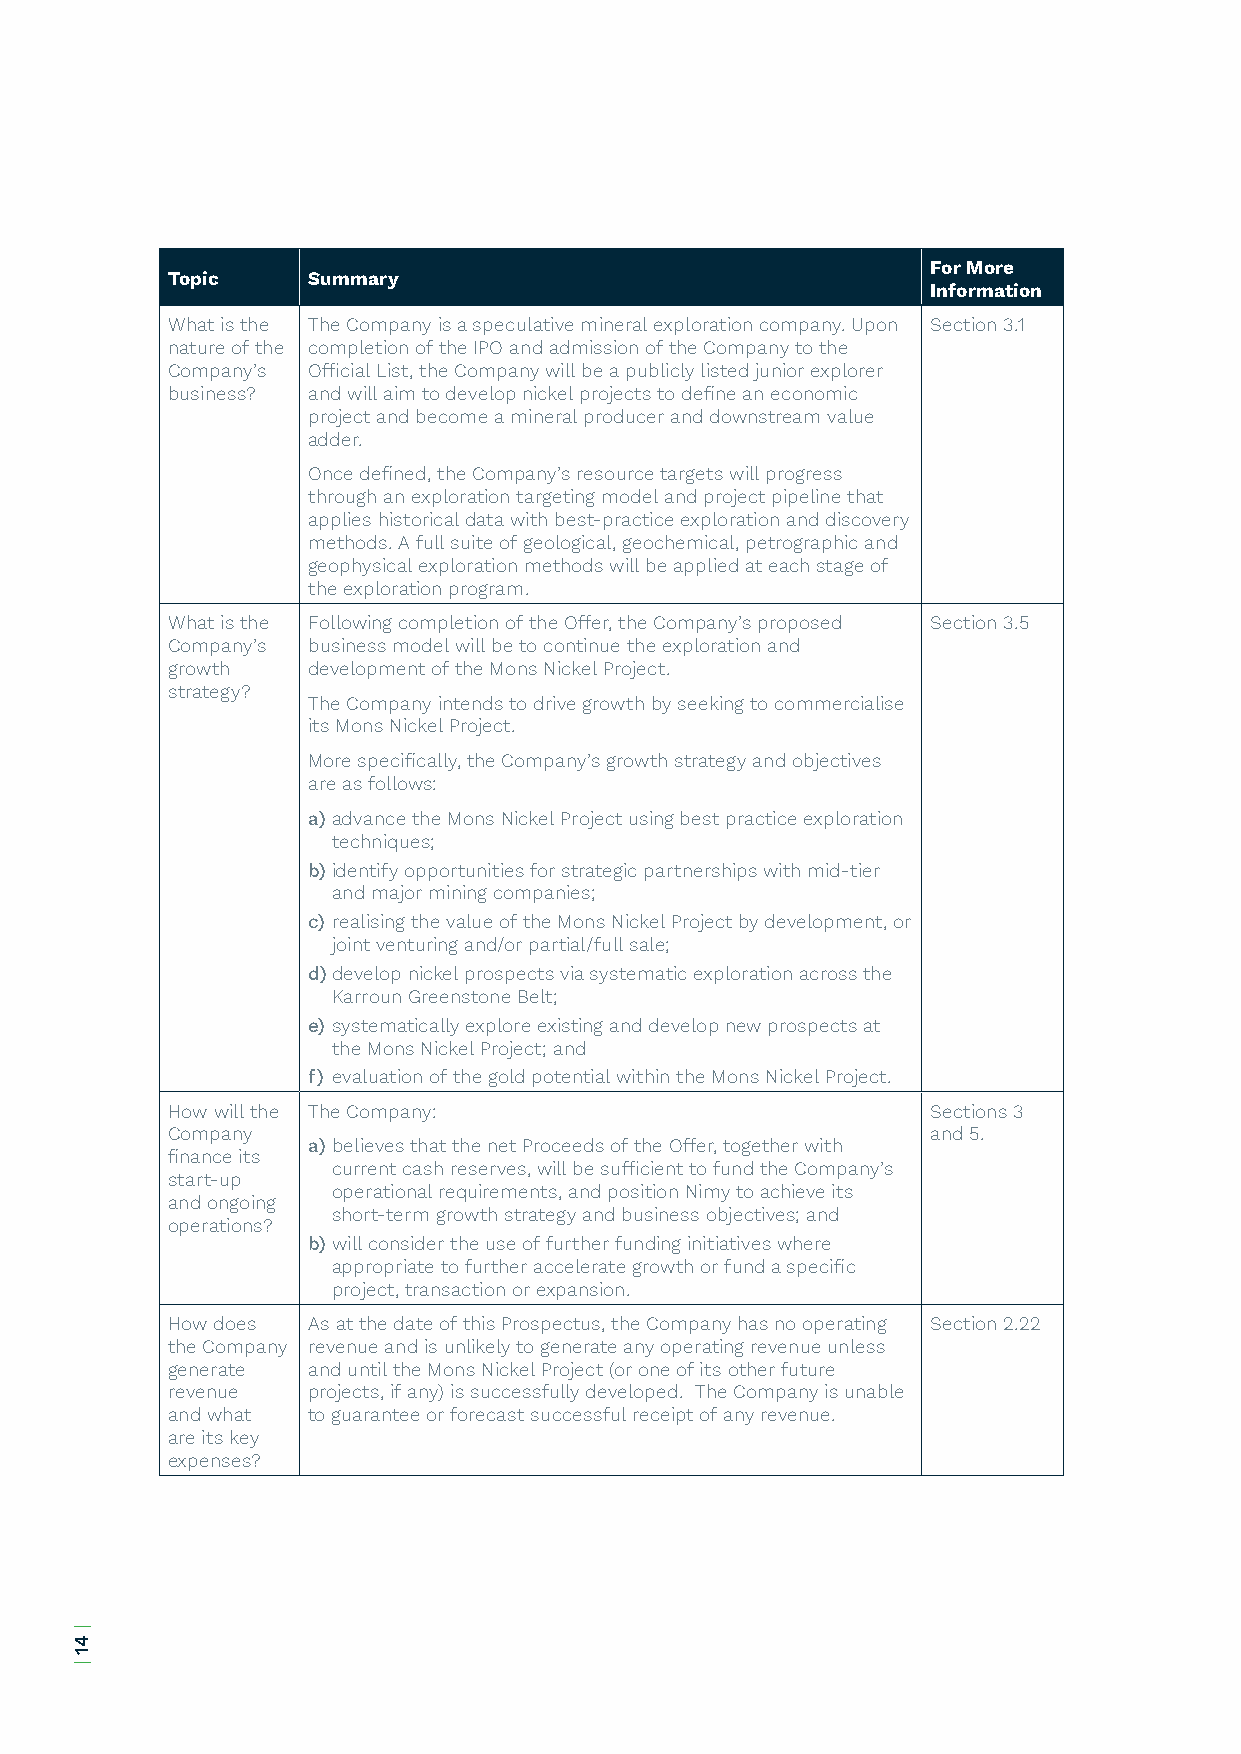
For More
 Topic    Summary
 Information
 What is the The Company is a speculative mineral exploration company. Upon Section 3.1
 nature of the completion of the IPO and admission of the Company to the
 Company’s Official List, the Company will be a publicly listed junior explorer
 business? and will aim to develop nickel projects to define an economic
 project and become a mineral producer and downstream value
 adder.
 Once defined, the Company’s resource targets will progress
 through an exploration targeting model and project pipeline that
 applies historical data with best-practice exploration and discovery
 methods. A full suite of geological, geochemical, petrographic and
 geophysical exploration methods will be applied at each stage of
 the exploration program.
 What is the Following completion of the Offer, the Company’s proposed Section 3.5
 Company’s business model will be to continue the exploration and
 growth   development of the Mons Nickel Project.
 strategy?
 The Company intends to drive growth by seeking to commercialise
 its Mons Nickel Project.
 More specifically, the Company’s growth strategy and objectives
 are as follows:
 a) advance the Mons Nickel Project using best practice exploration
 techniques;
 b) identify opportunities for strategic partnerships with mid-tier
 and major mining companies;
 c) realising the value of the Mons Nickel Project by development, or
 joint venturing and/or partial/full sale;
 d) develop nickel prospects via systematic exploration across the
 Karroun Greenstone Belt;
 e) systematically explore existing and develop new prospects at
 the Mons Nickel Project; and
 f) evaluation of the gold potential within the Mons Nickel Project.
 How will the The Company:                          Sections 3
 Company                                            and 5.
 a) believes that the net Proceeds of the Offer, together with
 finance its
 current cash reserves, will be sufficient to fund the Company’s
 start-up
 operational requirements, and position Nimy to achieve its
 and ongoing
 short-term growth strategy and business objectives; and
 operations?
 b) will consider the use of further funding initiatives where
 appropriate to further accelerate growth or fund a specific
 project, transaction or expansion.
 How does As at the date of this Prospectus, the Company has no operating Section 2.22
 the Company revenue and is unlikely to generate any operating revenue unless
 generate and until the Mons Nickel Project (or one of its other future
 revenue  projects, if any) is successfully developed. The Company is unable
 and what to guarantee or forecast successful receipt of any revenue.
 are its key
 expenses?
 |
 41
 |